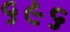
૬૯૬